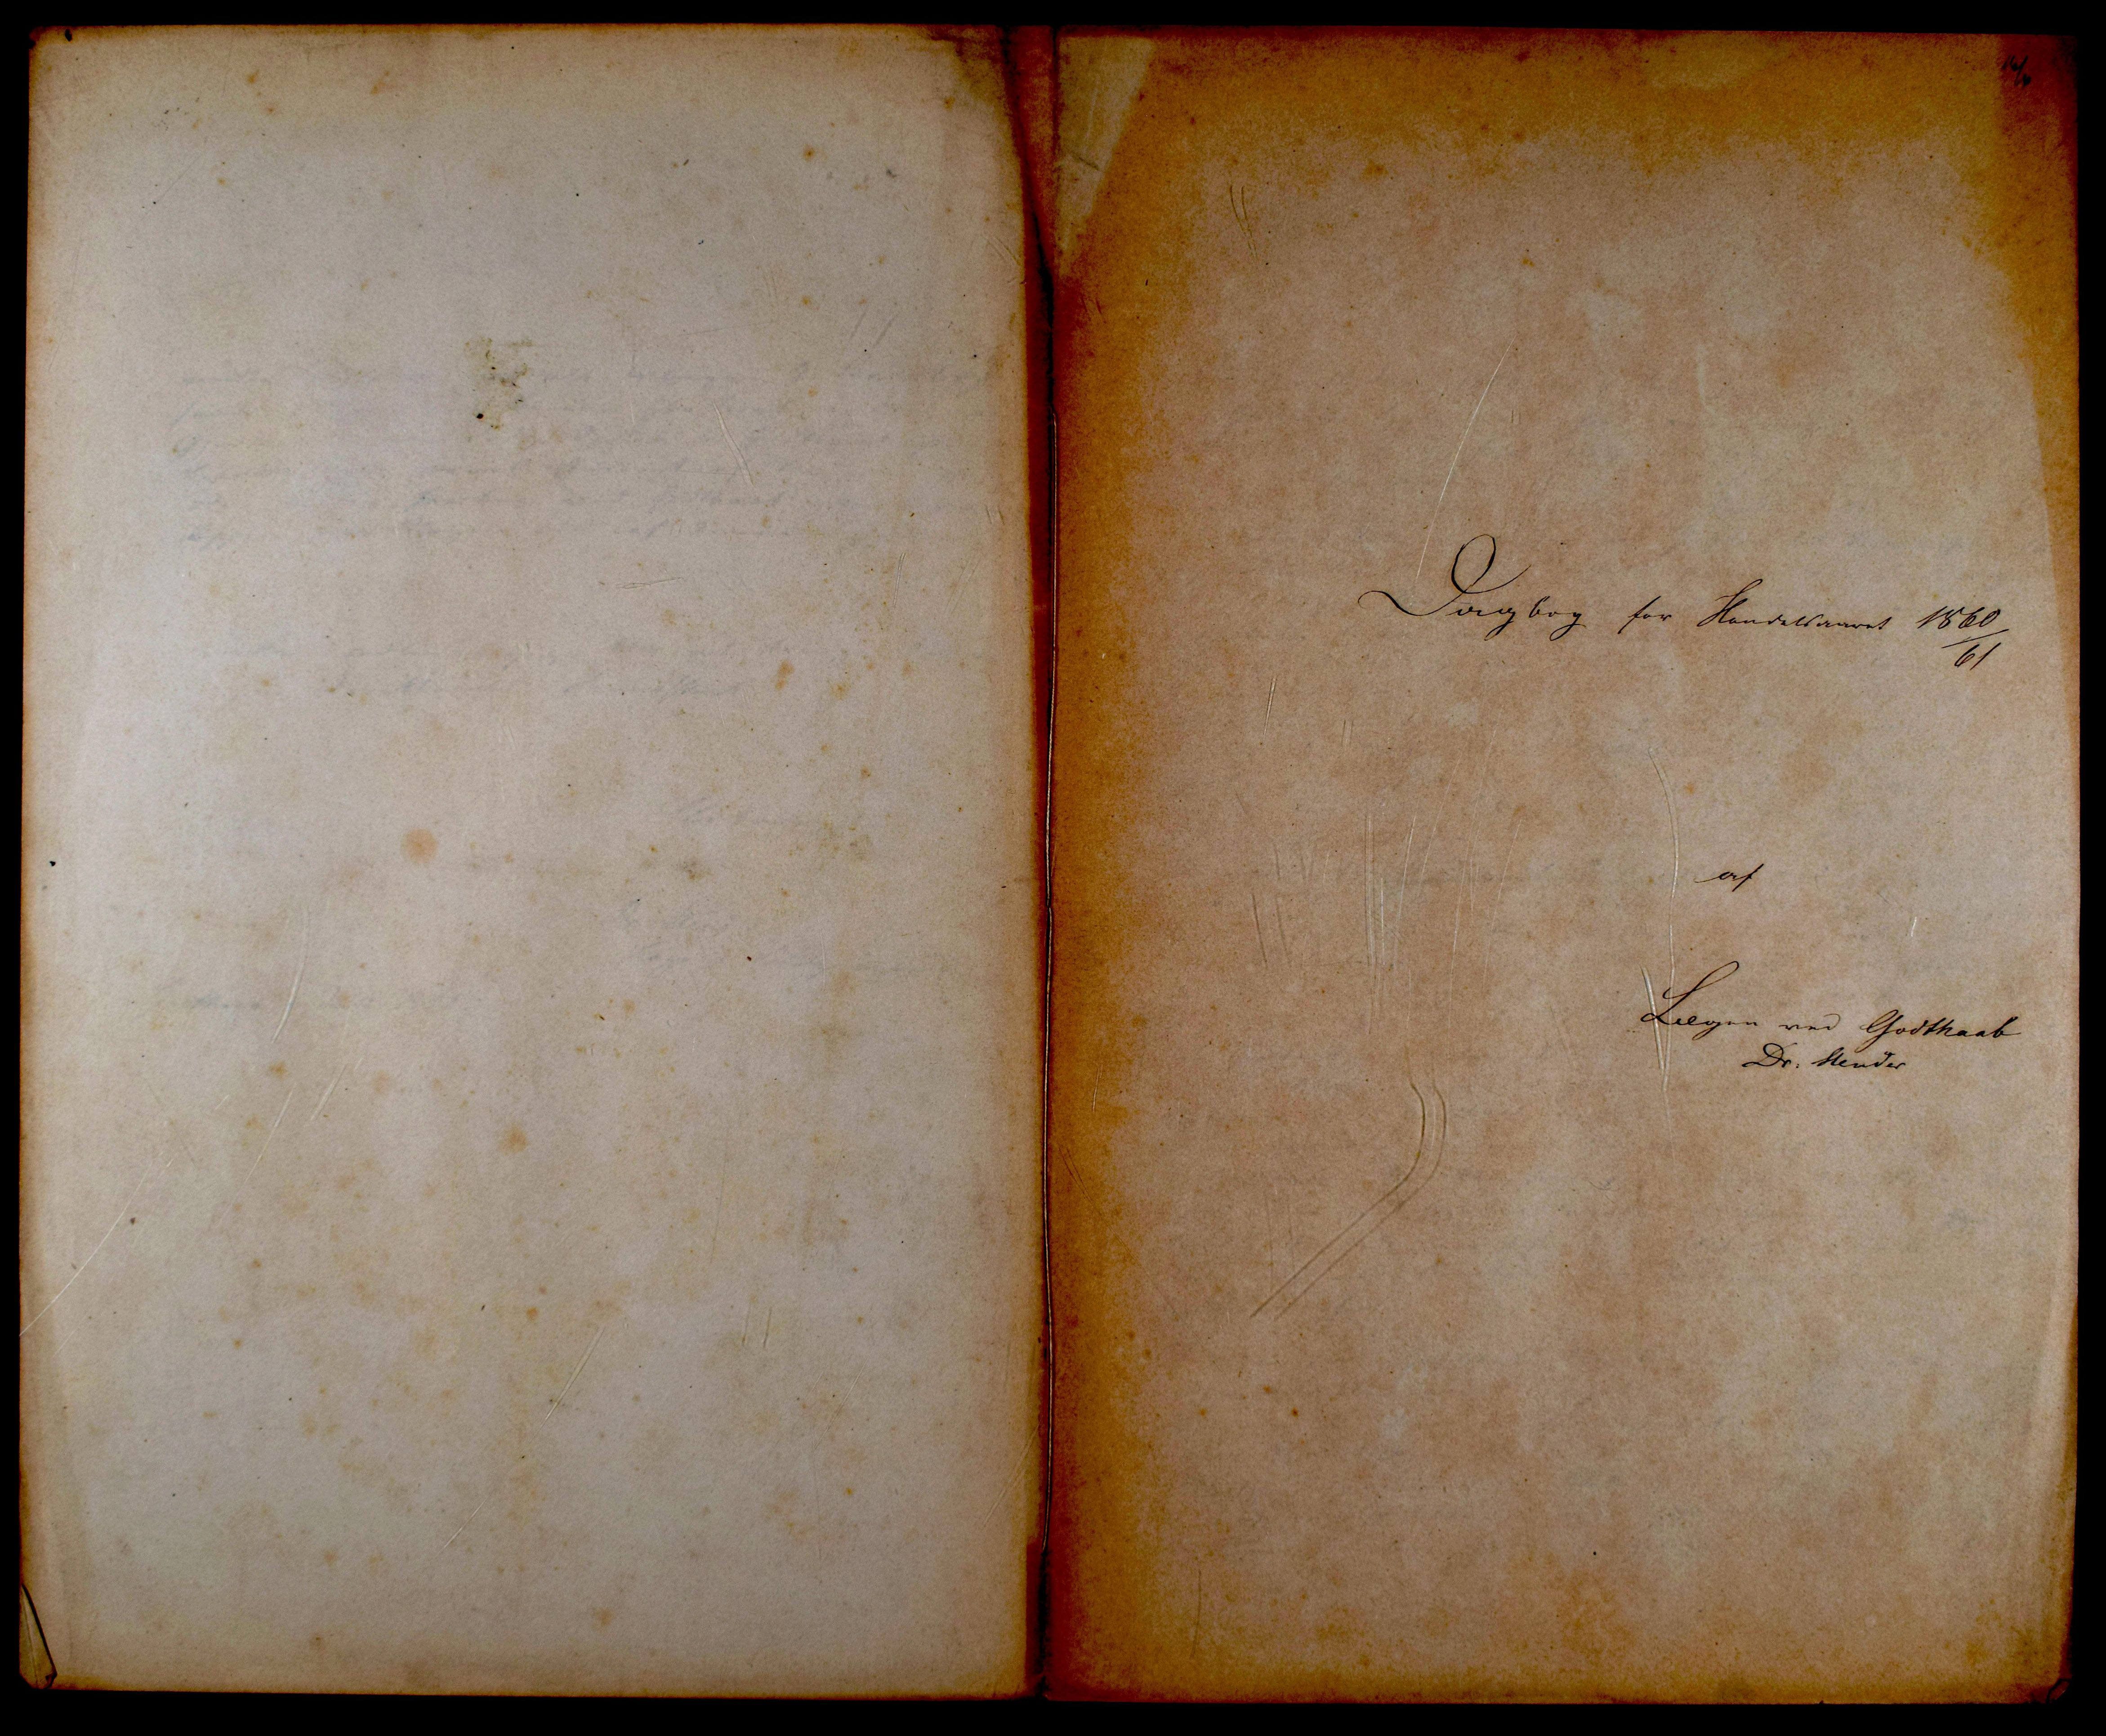
Transkription:
Dagbog for Handelsaaret 1860
61

af

Lægen ved Godthaab
Dr: Stender